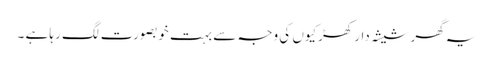
یہ گھر شیشہ دار کھڑکیوں کی وجہ سے بہت خوبصورت لگ رہا ہے ۔